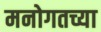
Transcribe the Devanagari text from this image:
मनोगतच्या